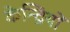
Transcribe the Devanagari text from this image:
केन्द्रियों